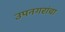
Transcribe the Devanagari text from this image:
उपनगरांचा